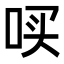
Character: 𪡃